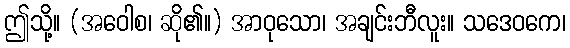
ဤသို့။ (အဝေါစ၊ ဆို၏။) အာဝုသော၊ အချင်းဘီလူး။ သဒေဝကေ၊